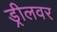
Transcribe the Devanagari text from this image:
ड्रीलवर